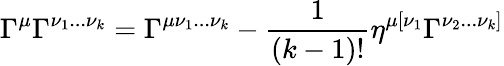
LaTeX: \Gamma^{\mu}\Gamma^{\nu_{1}...\nu_{k}}=\Gamma^{\mu\nu_{1}...\nu_{k}}-{\frac{1}{(k-1)!}}\eta^{\mu[\nu_{1}}\Gamma^{\nu_{2}...\nu_{k}]}